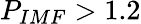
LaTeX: P_{IMF}>1.2